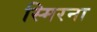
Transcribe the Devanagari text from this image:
स्मिरना